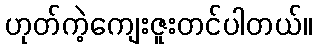
ဟုတ်ကဲ့ကျေးဇူးတင်ပါတယ်။